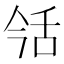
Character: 𦧎